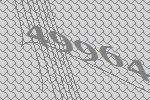
49964